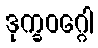
ဒုက္ခဝဂ္ဂေါ